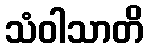
သံဝါသာတိ